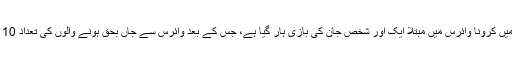
لاہور میں کرونا وائرس میں مبتلا ایک اور شخص جان کی بازی ہار گیا ہے، جس کے بعد وائرس سے جاں بحق ہونے والوں کی تعداد 10 ہوگئی۔